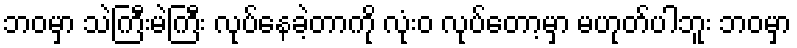
ဘဝမှာ သဲကြီးမဲကြီး လုပ်နေခဲ့တာကို လုံးဝ လုပ်တော့မှာ မဟုတ်ပါဘူး ဘဝမှာ